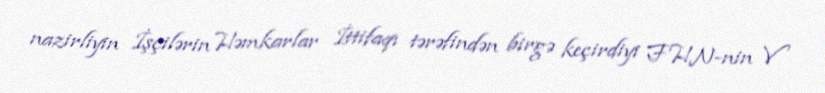
nazirliyin İşçilərin Həmkarlar İttifaqı tərəfindən birgə keçirdiyi FHN-nin V